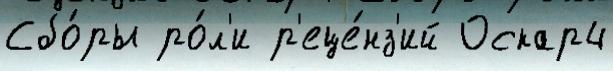
Сбо́ры ро́л'и р'еце́нз'ий Оскар4